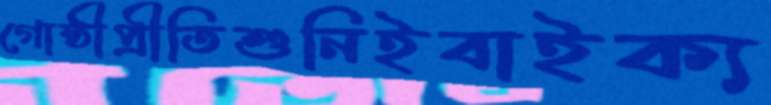
গোষ্ঠীপ্রীতিশুনিইবাইক্য